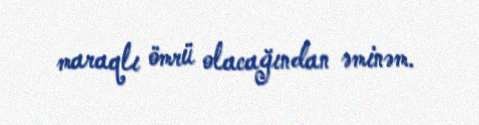
maraqlı ömrü olacağından əminəm.